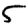
Digit: 5